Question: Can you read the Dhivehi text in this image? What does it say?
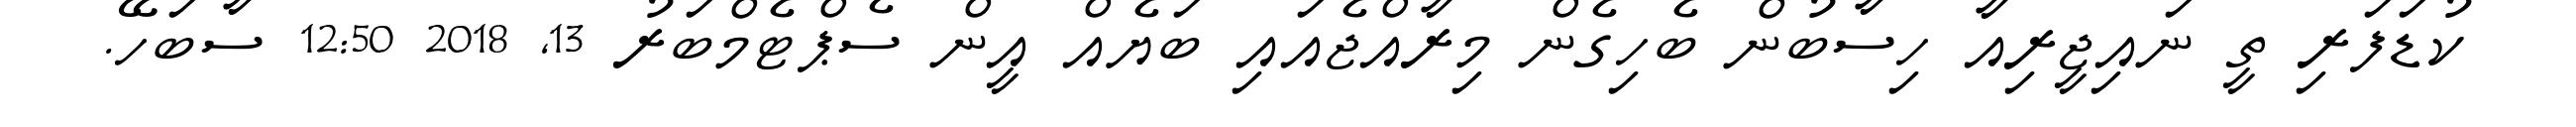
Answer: ކުޑަފަރި ތީ ނައިޖީރިއާ ހިސާބުން ބެހިގެން މިރާއްޖެއައި ބަޔެއް އީން ސެޕްޓެމްބަރު 13, 2018 12:50 ސާބަހޭ.